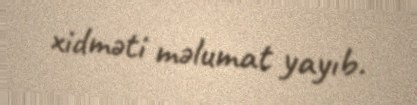
xidməti məlumat yayıb.